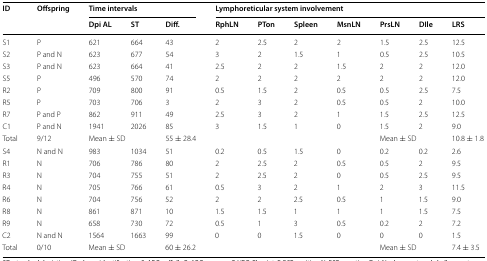
<table><thead><tr><td rowspan="2"><b>ID</b></td><td rowspan="2"><b>Offspring</b></td><td colspan="3"><b>Time intervals</b></td><td colspan="7"><b>Lymphoreticular system involvement</b></td></tr><tr><td><b>Dpi AL</b></td><td><b>ST</b></td><td><b>Diff.</b></td><td><b>RphLN</b></td><td><b>PTon</b></td><td><b>Spleen</b></td><td><b>MsnLN</b></td><td><b>PrsLN</b></td><td><b>DIle</b></td><td><b>LRS</b></td></tr></thead><tbody><tr><td>S1</td><td>P</td><td>621</td><td>664</td><td>43</td><td>2</td><td>2.5</td><td>2</td><td>2</td><td>1.5</td><td>2.5</td><td>12.5</td></tr><tr><td>S2</td><td>P and N</td><td>623</td><td>677</td><td>54</td><td>3</td><td>2</td><td>1.5</td><td>1</td><td>0.5</td><td>2.5</td><td>10.5</td></tr><tr><td>S3</td><td>P and N</td><td>623</td><td>664</td><td>41</td><td>2.5</td><td>2</td><td>2</td><td>1.5</td><td>2</td><td>2</td><td>12.0</td></tr><tr><td>S5</td><td>P</td><td>496</td><td>570</td><td>74</td><td>2</td><td>2</td><td>2</td><td>2</td><td>2</td><td>2</td><td>12.0</td></tr><tr><td>R2</td><td>P</td><td>709</td><td>800</td><td>91</td><td>0.5</td><td>1.5</td><td>2</td><td>0.5</td><td>0.5</td><td>2.5</td><td>7.5</td></tr><tr><td>R5</td><td>P</td><td>703</td><td>706</td><td>3</td><td>2</td><td>3</td><td>2</td><td>0.5</td><td>0.5</td><td>2</td><td>10.0</td></tr><tr><td>R7</td><td>P and P</td><td>862</td><td>911</td><td>49</td><td>2.5</td><td>3</td><td>2</td><td>1</td><td>1.5</td><td>2.5</td><td>12.5</td></tr><tr><td>C1</td><td>P and N</td><td>1941</td><td>2026</td><td>85</td><td>3</td><td>1.5</td><td>1</td><td>0</td><td>1.5</td><td>2</td><td>9.0</td></tr><tr><td>Total</td><td>9/12</td><td colspan="2">Mean ± SD</td><td>55 ± 28.4</td><td></td><td></td><td></td><td></td><td colspan="2">Mean ± SD</td><td>10.8 ± 1.8</td></tr><tr><td>S4</td><td>N and N</td><td>983</td><td>1034</td><td>51</td><td>0.2</td><td>0.5</td><td>1.5</td><td>0</td><td>0.2</td><td>0.2</td><td>2.6</td></tr><tr><td>R1</td><td>N</td><td>706</td><td>786</td><td>80</td><td>2</td><td>2.5</td><td>2</td><td>0.5</td><td>0.5</td><td>2</td><td>9.5</td></tr><tr><td>R3</td><td>N</td><td>704</td><td>755</td><td>51</td><td>2</td><td>2.5</td><td>2</td><td>0</td><td>0.5</td><td>2.5</td><td>9.5</td></tr><tr><td>R4</td><td>N</td><td>705</td><td>766</td><td>61</td><td>0.5</td><td>3</td><td>2</td><td>1</td><td>2</td><td>3</td><td>11.5</td></tr><tr><td>R6</td><td>N</td><td>704</td><td>756</td><td>52</td><td>2</td><td>2</td><td>2.5</td><td>0.5</td><td>1</td><td>1.5</td><td>9.0</td></tr><tr><td>R8</td><td>N</td><td>861</td><td>871</td><td>10</td><td>1.5</td><td>1.5</td><td>1</td><td>1</td><td>1</td><td>1.5</td><td>7.5</td></tr><tr><td>R9</td><td>N</td><td>658</td><td>730</td><td>72</td><td>0.5</td><td>1</td><td>3</td><td>0.5</td><td>0.2</td><td>2</td><td>7.2</td></tr><tr><td>C2</td><td>N and N</td><td>1564</td><td>1663</td><td>99</td><td>0</td><td>0</td><td>1.5</td><td>0</td><td>0</td><td>0</td><td>1.5</td></tr><tr><td>Total</td><td>0/10</td><td colspan="2">Mean ± SD</td><td>60 ± 26.2</td><td></td><td></td><td></td><td></td><td colspan="2">Mean ± SD</td><td>7.4 ± 3.5</td></tr></tbody></table>